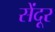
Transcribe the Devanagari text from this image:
सेंदूर